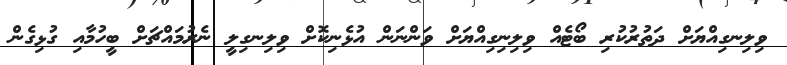
ވިލިނގިއްޔަށް ދަތުރުކުރި ބޯޓެއް ވިލިނިގިއްޔަށް ވަންނަން އުޅެނިކޮށް ވިލިނގިލީ ނެރުމައްޗަށް ބީހުމާއި ގުޅިގެން